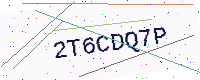
Text: 2T6CDQ7P